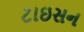
ટાઇસન